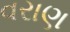
વરાણ